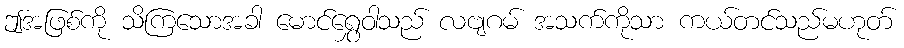
ဤအဖြစ်ကို သိကြသောအခါ မောင်ရွှေဝါသည် လဗျဂမ် အသက်ကိုသာ ကယ်တင်သည်မဟုတ်